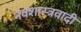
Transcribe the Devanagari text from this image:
नवशास्त्रवादी